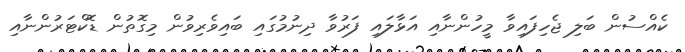
ކެއްސުން ބަލި ޖެހިފައިވާ މީހުންނާއި އަޅާލައި ފަރުވާ ދިނުމުގައި ބައިވެރިވުން މިގޮތުން ޑޮކްޓަރުންނާއި